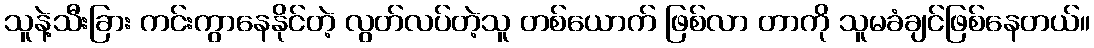
သူနဲ့သီးခြား ကင်းကွာနေနိုင်တဲ့ လွတ်လပ်တဲ့သူ တစ်ယောက် ဖြစ်လာ တာကို သူမခံချင်ဖြစ်နေတယ်။